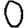
Digit: 0